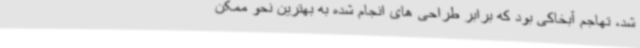
شد، تهاجم آبخاکی بود که برابر طراحی های انجام شده به بهترین نحو ممکن